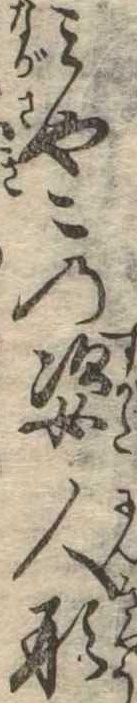
みやこの姿人形